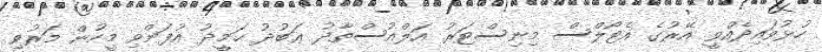
ހުޅުވައިދެއްވީ އޭރުގެ އެޓޯލްސް މިނިސްޓަރު އަލްއުސްތާޛު ޢަބުދު ޙަމީދު އުފަންވި މީހުން މަރުވި